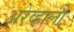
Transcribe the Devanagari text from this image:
अरेव्हालो